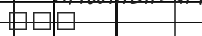
١٠٣